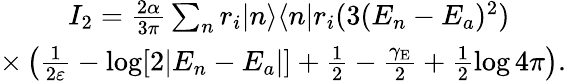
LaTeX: \begin{array}{r}{I_{2}=\frac{2\alpha}{3\pi}\sum_{n}r_{i}|n\rangle\langle n|r_{i}(3(E_{n}-E_{a})^{2})\qquad}\\ {\times\left(\frac{1}{2\varepsilon}-\log[2|E_{n}-E_{a}|]+\frac{1}{2}-\frac{\gamma_{\mathrm{E}}}{2}+\frac{1}{2}\log 4\pi\right).}\end{array}